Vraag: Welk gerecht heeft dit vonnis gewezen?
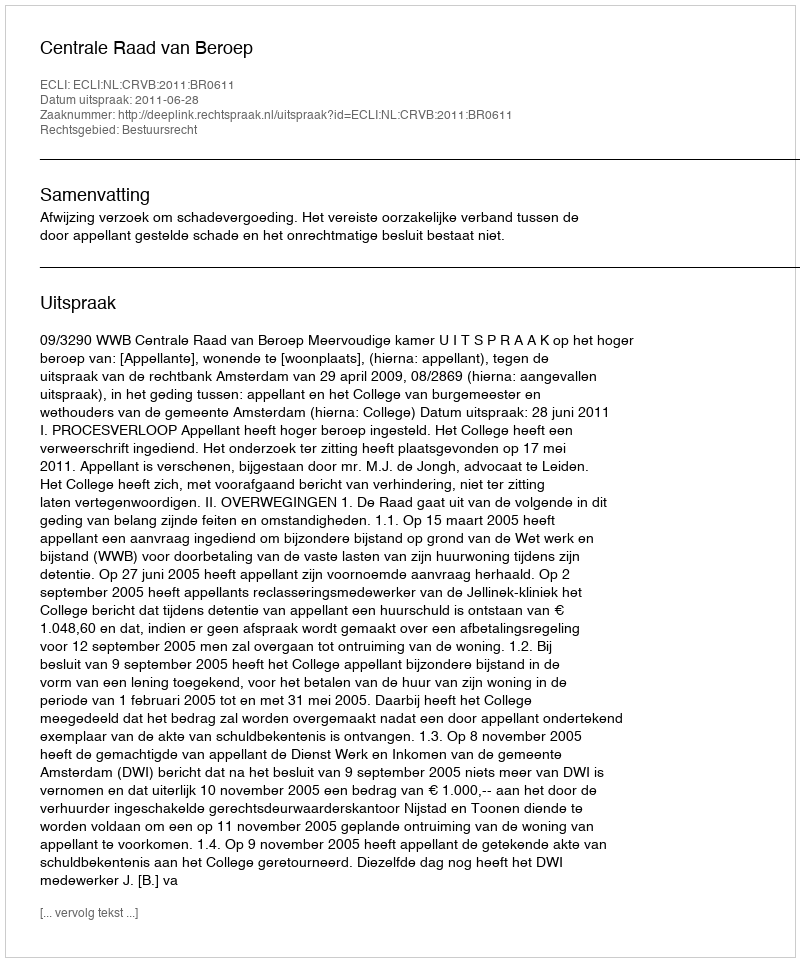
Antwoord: Centrale Raad van Beroep